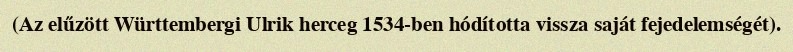
(Az elűzött Württembergi Ulrik herceg 1534-ben hódította vissza saját fejedelemségét).